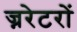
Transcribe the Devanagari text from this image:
ज्नरेटरों